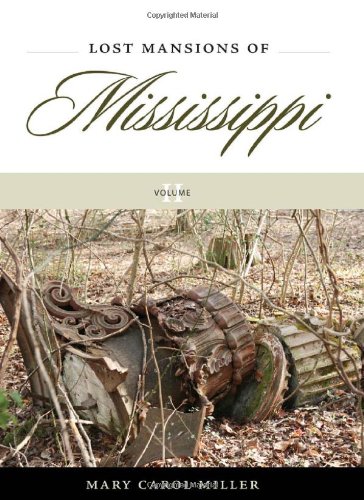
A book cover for Lost Mansions of Mississippi, Volume II; Mary Carol Miller; Arts & Photography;